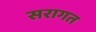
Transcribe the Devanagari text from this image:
सरागत